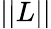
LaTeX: ||L||